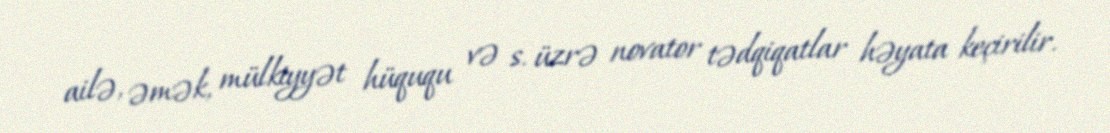
ailə, əmək, mülkiyyət hüququ və s. üzrə novator tədqiqatlar həyata keçirilir.